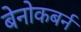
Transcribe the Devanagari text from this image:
बेनोकबर्न